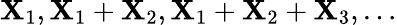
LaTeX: \mathbf{X}_{1},\mathbf{X}_{1}+\mathbf{X}_{2},\mathbf{X}_{1}+\mathbf{X}_{2}+\mathbf{X}_{3},\dots